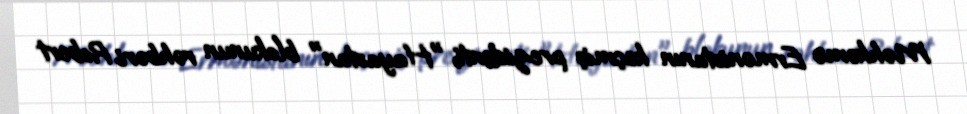
Məhkəmə Ermənistanın keçmiş prezidenti, "Hayastan" blokunun rəhbəri Robert